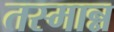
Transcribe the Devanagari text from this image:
तस्मान्न